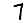
Digit: 7